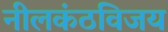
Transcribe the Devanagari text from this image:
नीलकंठविजय